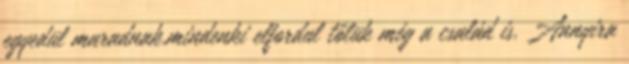
egyedül maradnak.mindenki elfordul tőlük még a család is. Annyira